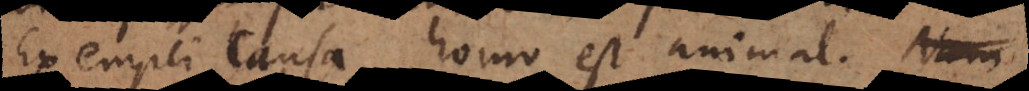
Exempli causa homo est animal, b